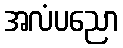
အလံပညော